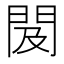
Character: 𨳛